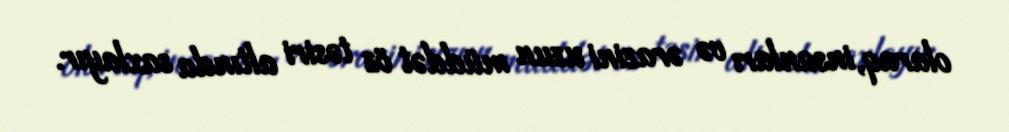
olaraq, insanları və ərazini uzun müddət öz təsiri altında saxlayır.